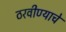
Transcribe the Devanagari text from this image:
ठरवीण्याचे